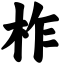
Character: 柞